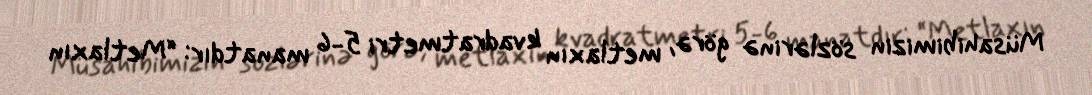
Müsahibimizin sözlərinə görə, metlaxın kvadratmetri 5-6 manatdır: “Metlaxın